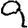
Digit: 9